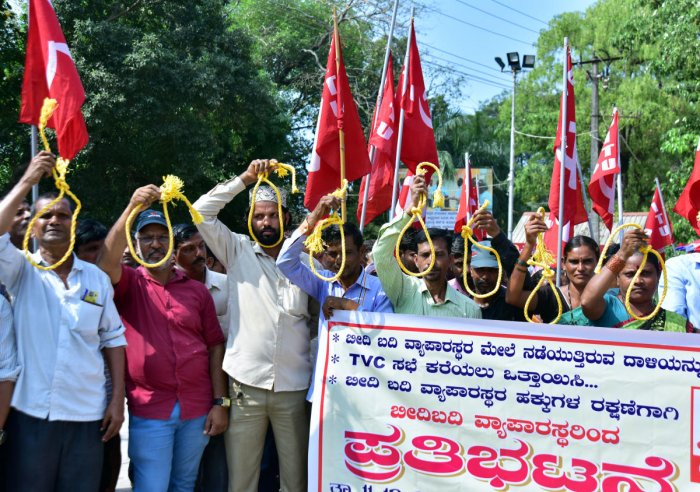
Language: kannada
Transcription: ಬದಿ ಮೇಲೆ ಕರೆಯಲು ಬದಿ ದಾಳಿಯನ ವ್ಯಾಪಾರಸ್ಥರ ಬೀದಿಬದಿ ರಕ್ಷಣೆಗಾಗಿ ಹಕ್ಕುಗಳ ಬೀದಿ ನಡೆಯುತ್ತಿರುವ ಒತ್ತಾಯಿಸಿ... ಬೀದಿ